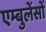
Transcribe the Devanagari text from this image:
एम्बुलेंसों